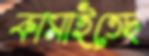
কামাইতেছ